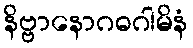
နိဗ္ဗာနောဂဓဂါမိနံ